Leaving Certificate Examination (including Day School Certificate (Higher) General paper), 1932
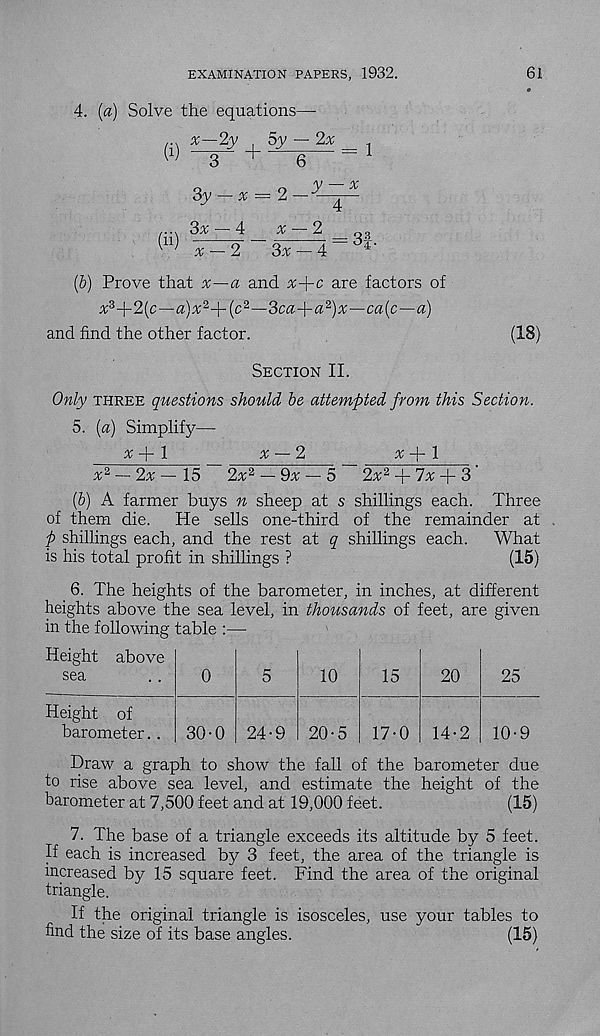
EXAMINATION PAPERS, 1932.
61
4. [a) Solve the equations—•
x—2y , 5y — 2%
(i)
+ -
(ii)
3
3y — x
3x-4
x — 2
y — x
X — % _ os
3^4 _d4 -
(b) Prove that x—a and x-j-c are factors of
x 3 -l-2(c—a)x 2 -j-(c 2 —3ca-{-iz 2 )x—ca(c—a)
and find the other factor.
(18)
Section II.
Only three questions should be attempted from this Section.
5. (a) Simplify—
x
1
x — 2
x
l
x 2 — 2x — 15
2x 2 — 9x — 5
2x 2 + 7% + 3
(b) A farmer buys n sheep at s shillings each. Three
of them die.
He sells one-third of the remainder at
p shillings each, and the rest at q shillings each.
What
is his total profit in shillings ?
(15)
6. The heights of the barometer, in inches, at different
heights above the sea level, in thousands of feet, are given
in the following table :—
Height above
i 6
sea
Height of
barometer. .
0
30-0 24-9
10
20-5
15
17-0
20
14-2
25
10-9
Draw a graph to show the fall of the barometer due
to rise above sea level, and estimate the height of the
barometer at 7,500 feet and at 19,000 feet.
(15)
7. The base of a triangle exceeds its altitude by 5 feet.
If each is increased by 3 feet, the area of the triangle is
increased by 15 square feet. Find the area of the original
triangle.
If the original triangle is isosceles, use your tables to
find the size of its base angles.
(15)